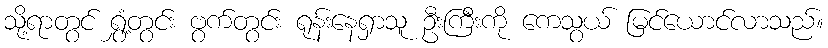
သို့ရာတွင် ရွှံ့တွင်း ဗွက်တွင်း ရုန်းနေရှာသူ ဦးကြီးကို ကေသွယ် မြင်ယောင်လာသည်။